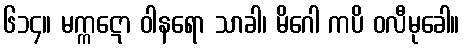
၆၁၄။ မက္ကဋော ဝါနရော သာခါ၊ မိဂေါ ကပိ ဝလီမုခေါ။